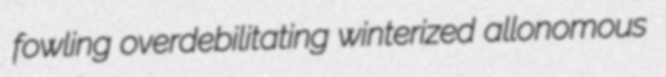
fowling overdebilitating winterized allonomous